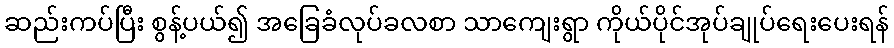
ဆည်းကပ်ပြီး စွန့်ပယ်၍ အခြေခံလုပ်ခလစာ သာကျေးရွာ ကိုယ်ပိုင်အုပ်ချုပ်ရေးပေးရန်